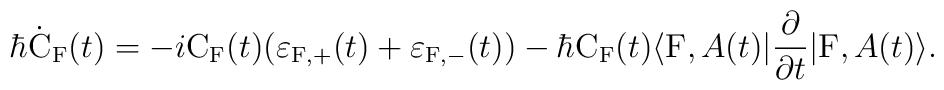
\hbar \dot{\rm C}_{\rm F}(t) = -i {\rm C}_{\rm F}(t)(\varepsilon_{{\rm F},+}(t) + \varepsilon_{{\rm F},-}(t)) - \hbar {\rm C}_{\rm F}(t)\langle {\rm F},A(t)|\frac{\partial}{\partial t}|{\rm F},A(t) \rangle.